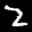
Digit: 2